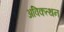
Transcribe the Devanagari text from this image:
अविकत्थन